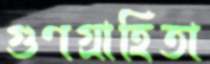
গুণগ্রাহিতা